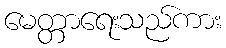
မေတ္တာရေးသည်ကား